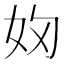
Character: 𭑯